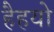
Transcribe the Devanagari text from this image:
हैहयो